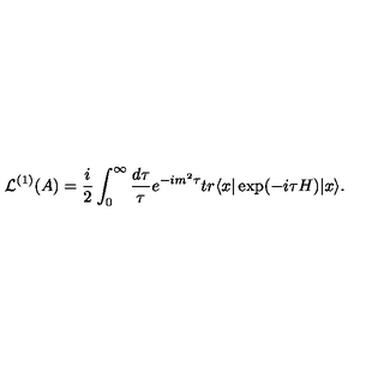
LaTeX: { \cal L } ^ { ( 1 ) } ( A ) = \frac { i } { 2 } \int _ { 0 } ^ { \infty } \frac { d \tau } { \tau } e ^ { - i m ^ { 2 } \tau } t r \langle x | \exp ( - i \tau H ) | x \rangle .